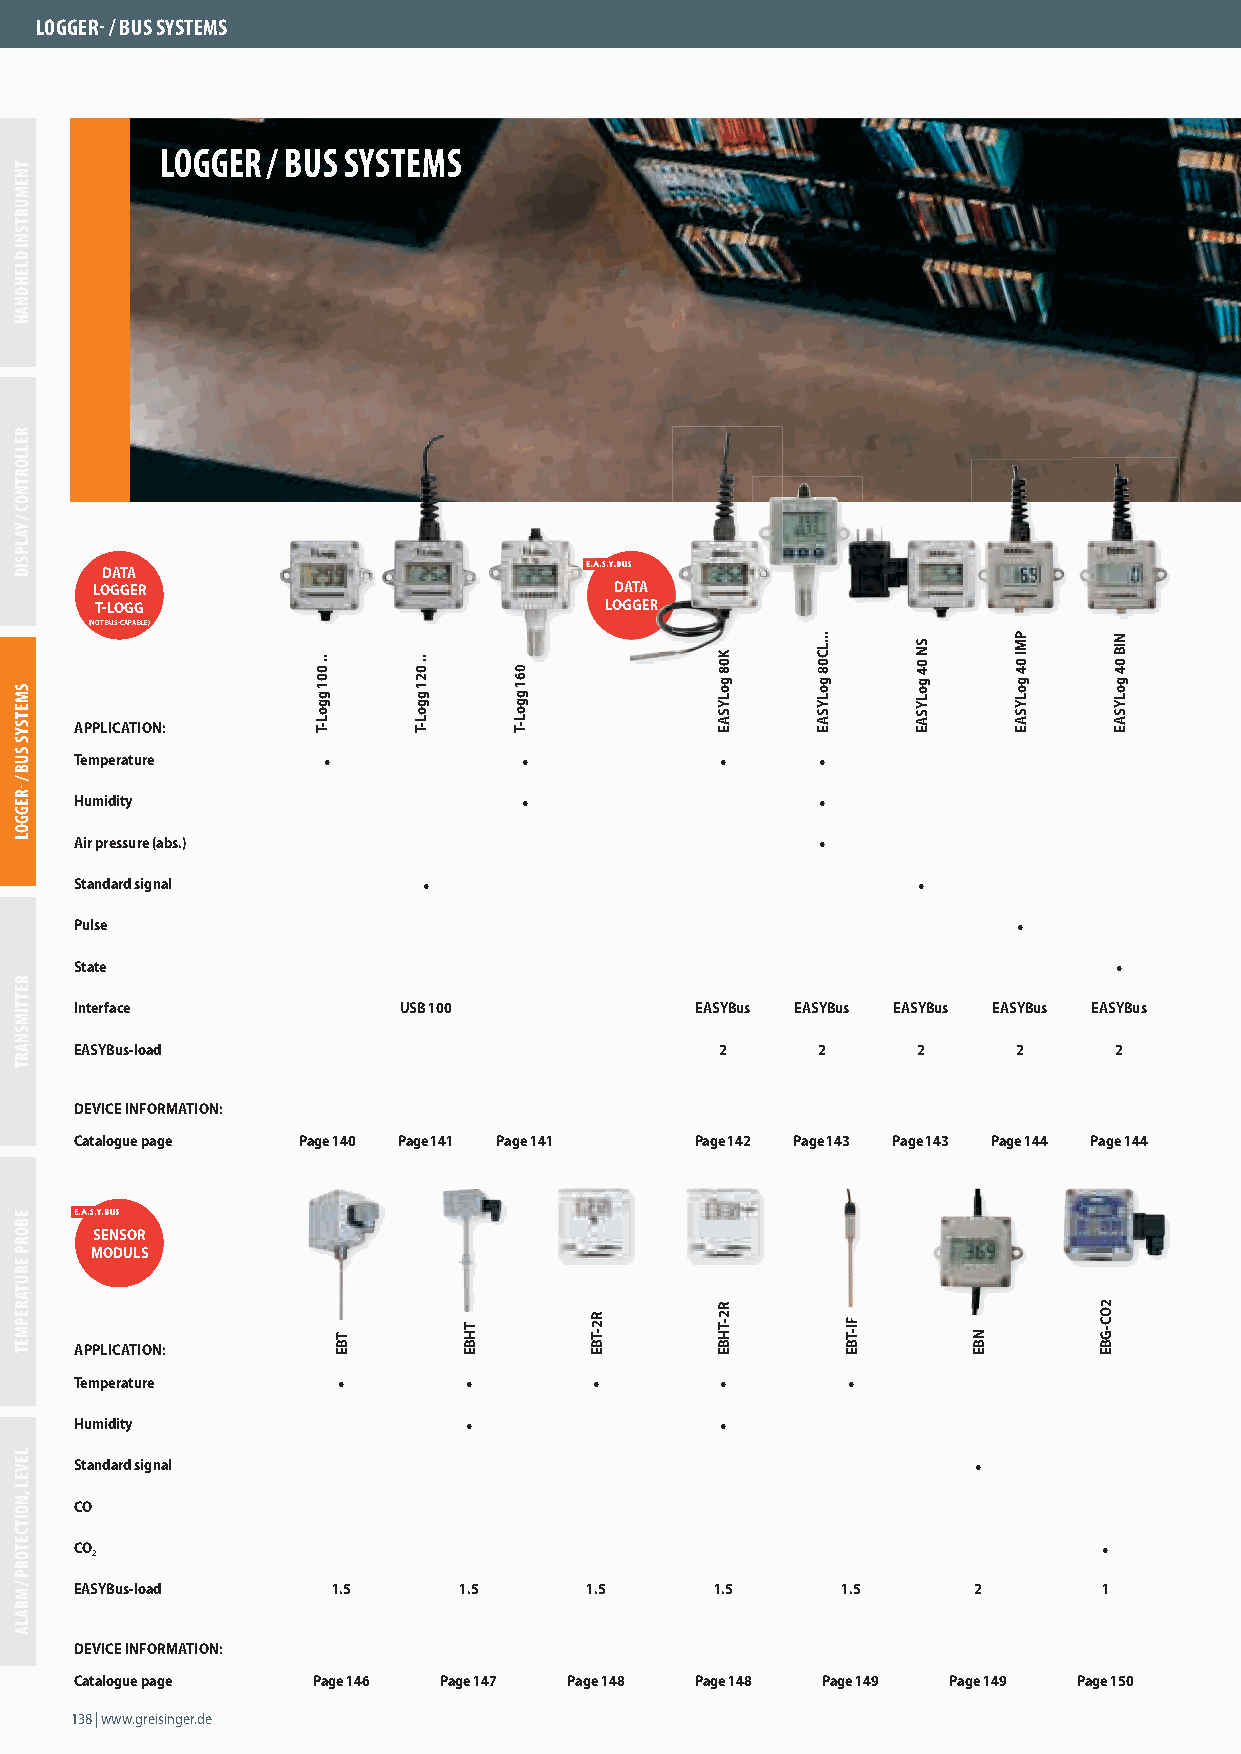
LOGGER- / BUS SYSTEMS
 LOGGER / BUS SYSTEMS
 DATA
 LOGGER                             DATA
 T-LOGG                            LLOOGGGGEERR
 (NOT BUS-CAPABLE)
 APPLICATION:
 Temperature     •             •            •     •
 Humidity                      •                  •
 Air pressure (abs.)                              •
 Standard signal        •                                •
 Pulse                                                         •
 State                                                                •
 Interface            USB 100             EASYBus EASYBus EASYBus EASYBus EASYBus
 EASYBus-load                               2     2      2     2      2
 DEVICE INFORMATION:
 Catalogue page Page 140 Page 141 Page 141 Page 142 Page 143 Page 143 Page 144 Page 144
 SENSOR
 MODULS
 APPLICATION:
 Temperature      •        •       •        •       •
 Humidity                  •                •
 Standard signal                                             •
 CO
 CO                                                                  •
 2
 EASYBus-load     1.5     1.5      1.5     1.5      1.5     2        1
 DEVICE INFORMATION:
 Catalogue page  Page 146 Page 147 Page 148 Page 148 Page 149 Page 149 Page 150
 138 | www.greisinger.de
 TNEMURTSNI
 DLEHDNAH
 RELLORTNOC
 /
 YALPSID
 SMETSYS
 SUB
 /
 -REGGOL
 RETTIMSNART
 EBORP
 ERUTAREPMET
 LEVEL
 ,NOITCETORP
 / MRALA
 .. 001
 ggoL-T
 TTBBEE
 .. 021
 ggoL-T
 TTHHBBEE
 006611
 ggggooLL--TT
 R2-TBE
 KK0088
 ggooLLYYSSAAEE
 R2-THBE
 ...LC08
 goLYSAE
 FFII--TTBBEE
 SN
 04
 goLYSAE
 NBE
 PMI
 04
 goLYSAE
 2OC-GBE
 NIB
 04
 goLYSAE